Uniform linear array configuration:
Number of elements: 24
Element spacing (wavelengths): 0.25
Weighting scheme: binomial
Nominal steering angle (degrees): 0
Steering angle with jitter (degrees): -0.09461
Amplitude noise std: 0.05
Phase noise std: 0.05

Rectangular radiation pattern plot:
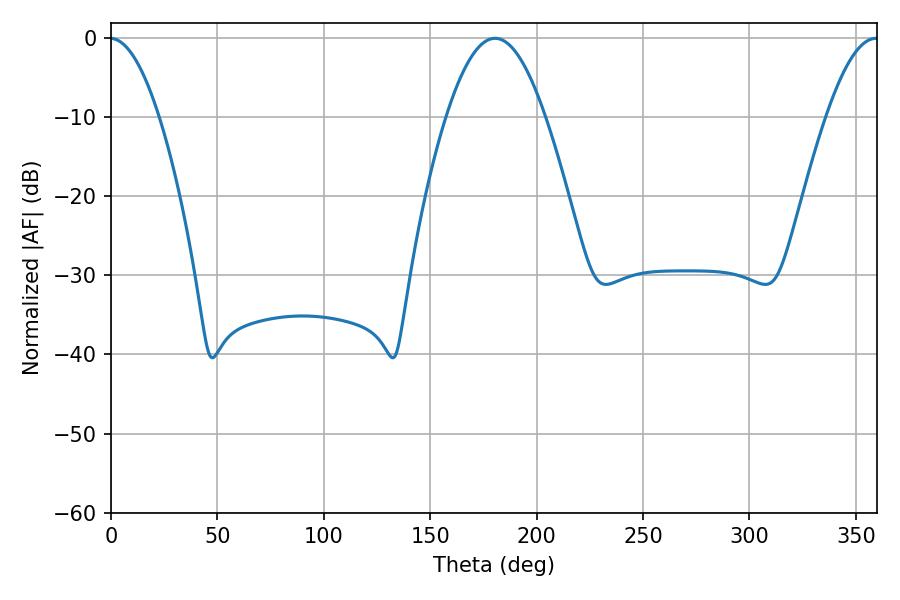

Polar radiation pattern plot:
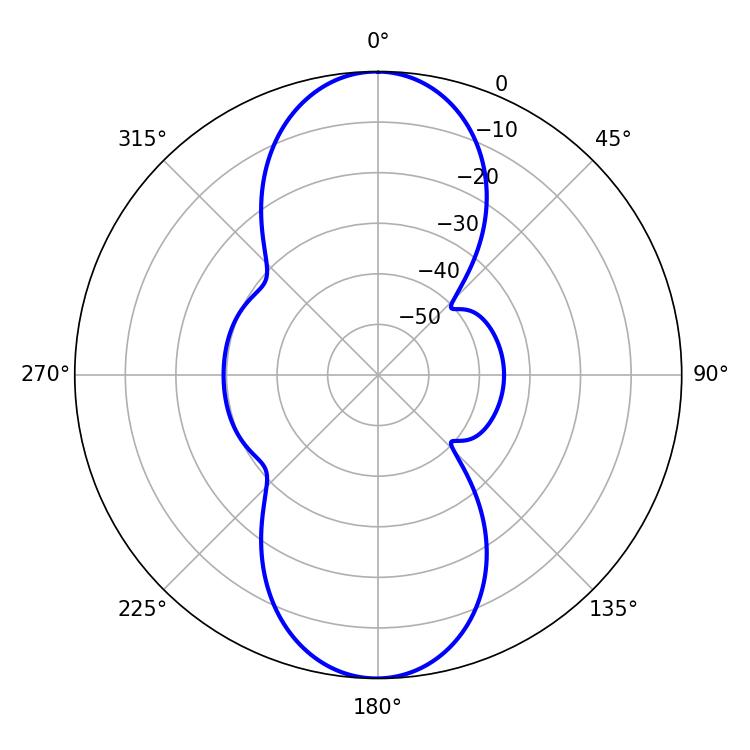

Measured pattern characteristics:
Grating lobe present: FALSE
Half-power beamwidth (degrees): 25.2
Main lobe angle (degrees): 180.54